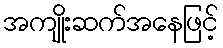
အကျိုးဆက်အနေဖြင့်